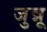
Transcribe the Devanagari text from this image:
जुन्नू